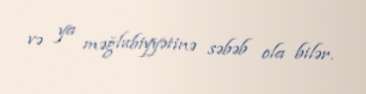
və ya məğlubiyyətinə səbəb ola bilər.